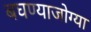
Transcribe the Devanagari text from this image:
बघण्याजोग्या